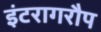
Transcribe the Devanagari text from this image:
इंटरागरौप